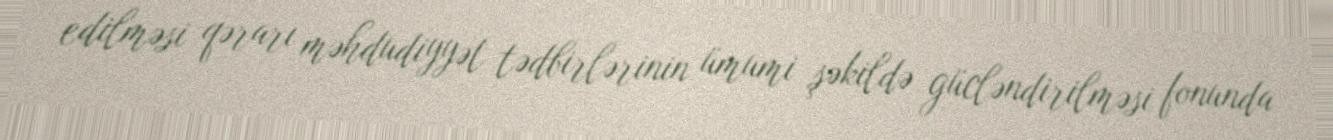
edilməsi qərarı məhdudiyyət tədbirlərinin ümumi şəkildə gücləndirilməsi fonunda